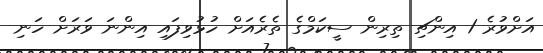
އަށްވުރެ 1 އިންޗި ތިރިން ސީކަމްގެ ތެރެއަށް ހުޅުވިފައި އިންނަ ވަރަށް ހަނި